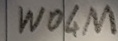
Text: W04M